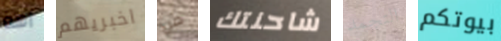
اهه اخبريهم من شاحنتك التجمد بيوتكم